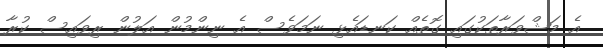
އެ މަޝްވަރާތަކުގައި ގޮތެއް ކަނޑައެޅި ނަމަވެސް އެ ނިންމުން އަލުން ރިވައިސް ކުރާ